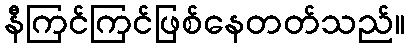
နီကြင်ကြင်ဖြစ်နေတတ်သည်။